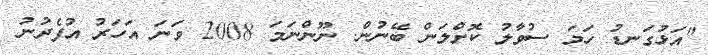
"އަޅުގަނޑު ހަމަ ސުވާލު ކޮށްލަން ބޭނުން. ނޫންނަމަ 2008 ވަނަ އަހަރު އުފެދުނު